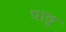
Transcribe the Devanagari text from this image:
पाठ्ठ